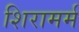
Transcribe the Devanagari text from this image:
शिरामर्म